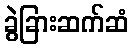
ခွဲခြားဆက်ဆံ